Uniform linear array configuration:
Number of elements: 4
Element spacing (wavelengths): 1
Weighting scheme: cosine
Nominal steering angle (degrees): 60
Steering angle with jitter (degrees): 60.247
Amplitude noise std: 0.05
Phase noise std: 0.05

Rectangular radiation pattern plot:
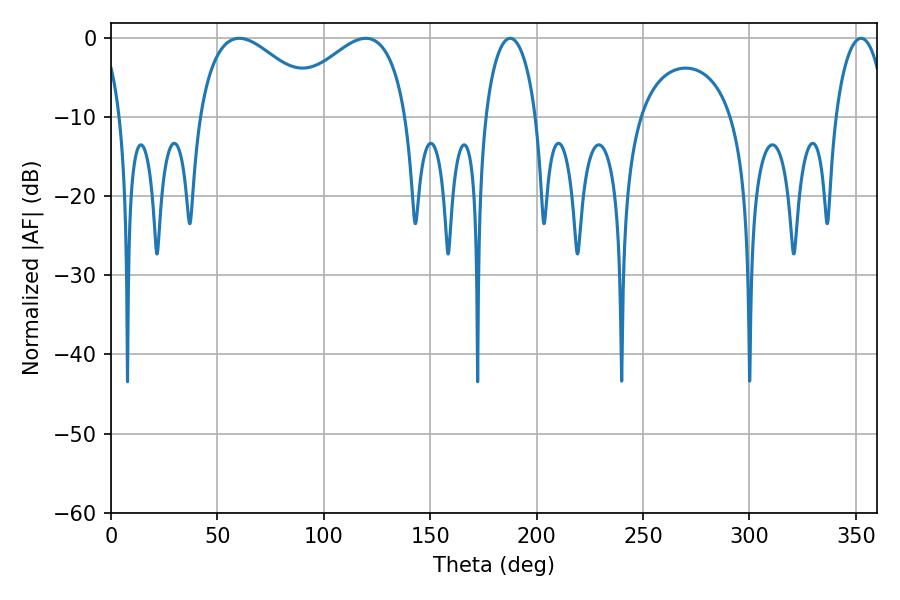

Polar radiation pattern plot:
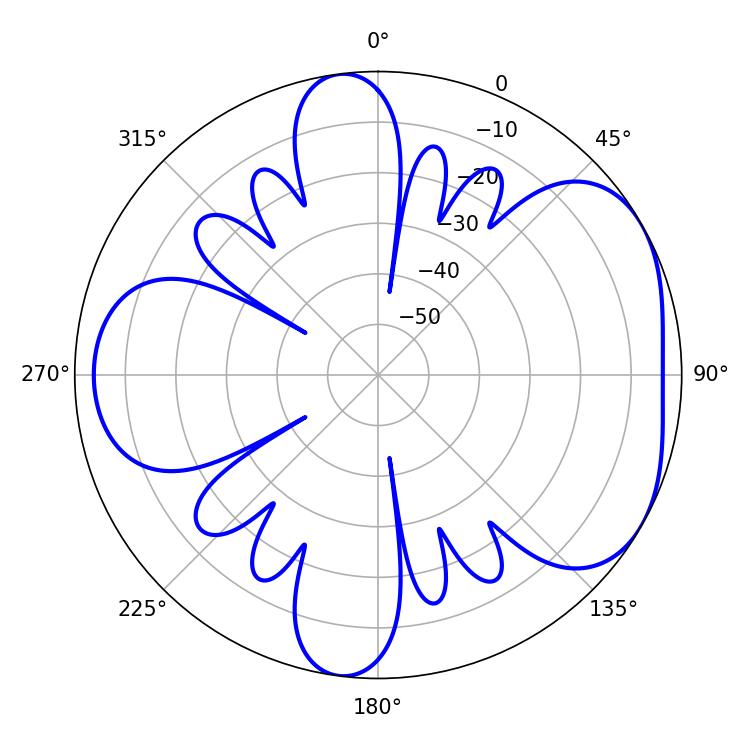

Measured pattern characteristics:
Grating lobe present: TRUE
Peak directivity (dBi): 4.68
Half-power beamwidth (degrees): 13.5
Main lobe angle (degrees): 352.44